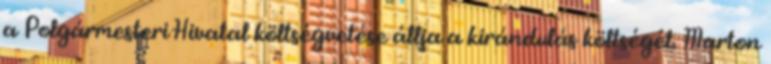
a Polgármesteri Hivatal költségvetése állja a kirándulás költségét. Marton